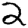
Digit: 2